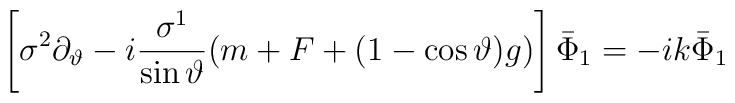
\left[ \sigma ^2\partial _\vartheta -i\frac{\sigma ^1}{\sin\vartheta }(m+F+(1-\cos \vartheta )g)\right] \bar \Phi _1=-ik\bar \Phi _1